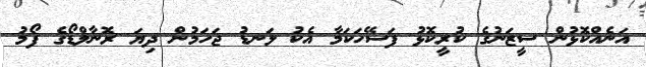
އަނެއްކޮޅުން ސީޒަނުގެ ކުރީކޮޅު ފަސޭހަކަމާ އެކު ލަނޑު ޖަހަމުން ދިޔަ ރޮނާލްޑޯގެ ފޯމު